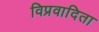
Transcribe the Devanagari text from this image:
विप्रवादिता